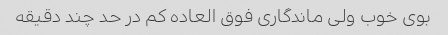
بوی خوب ولی ماندگاری فوق العاده کم در حد چند دقیقه